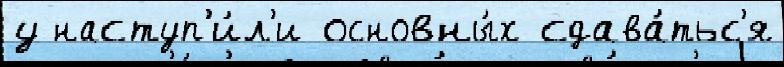
у наступ'и́л'и основны́х сдава́тьс'я